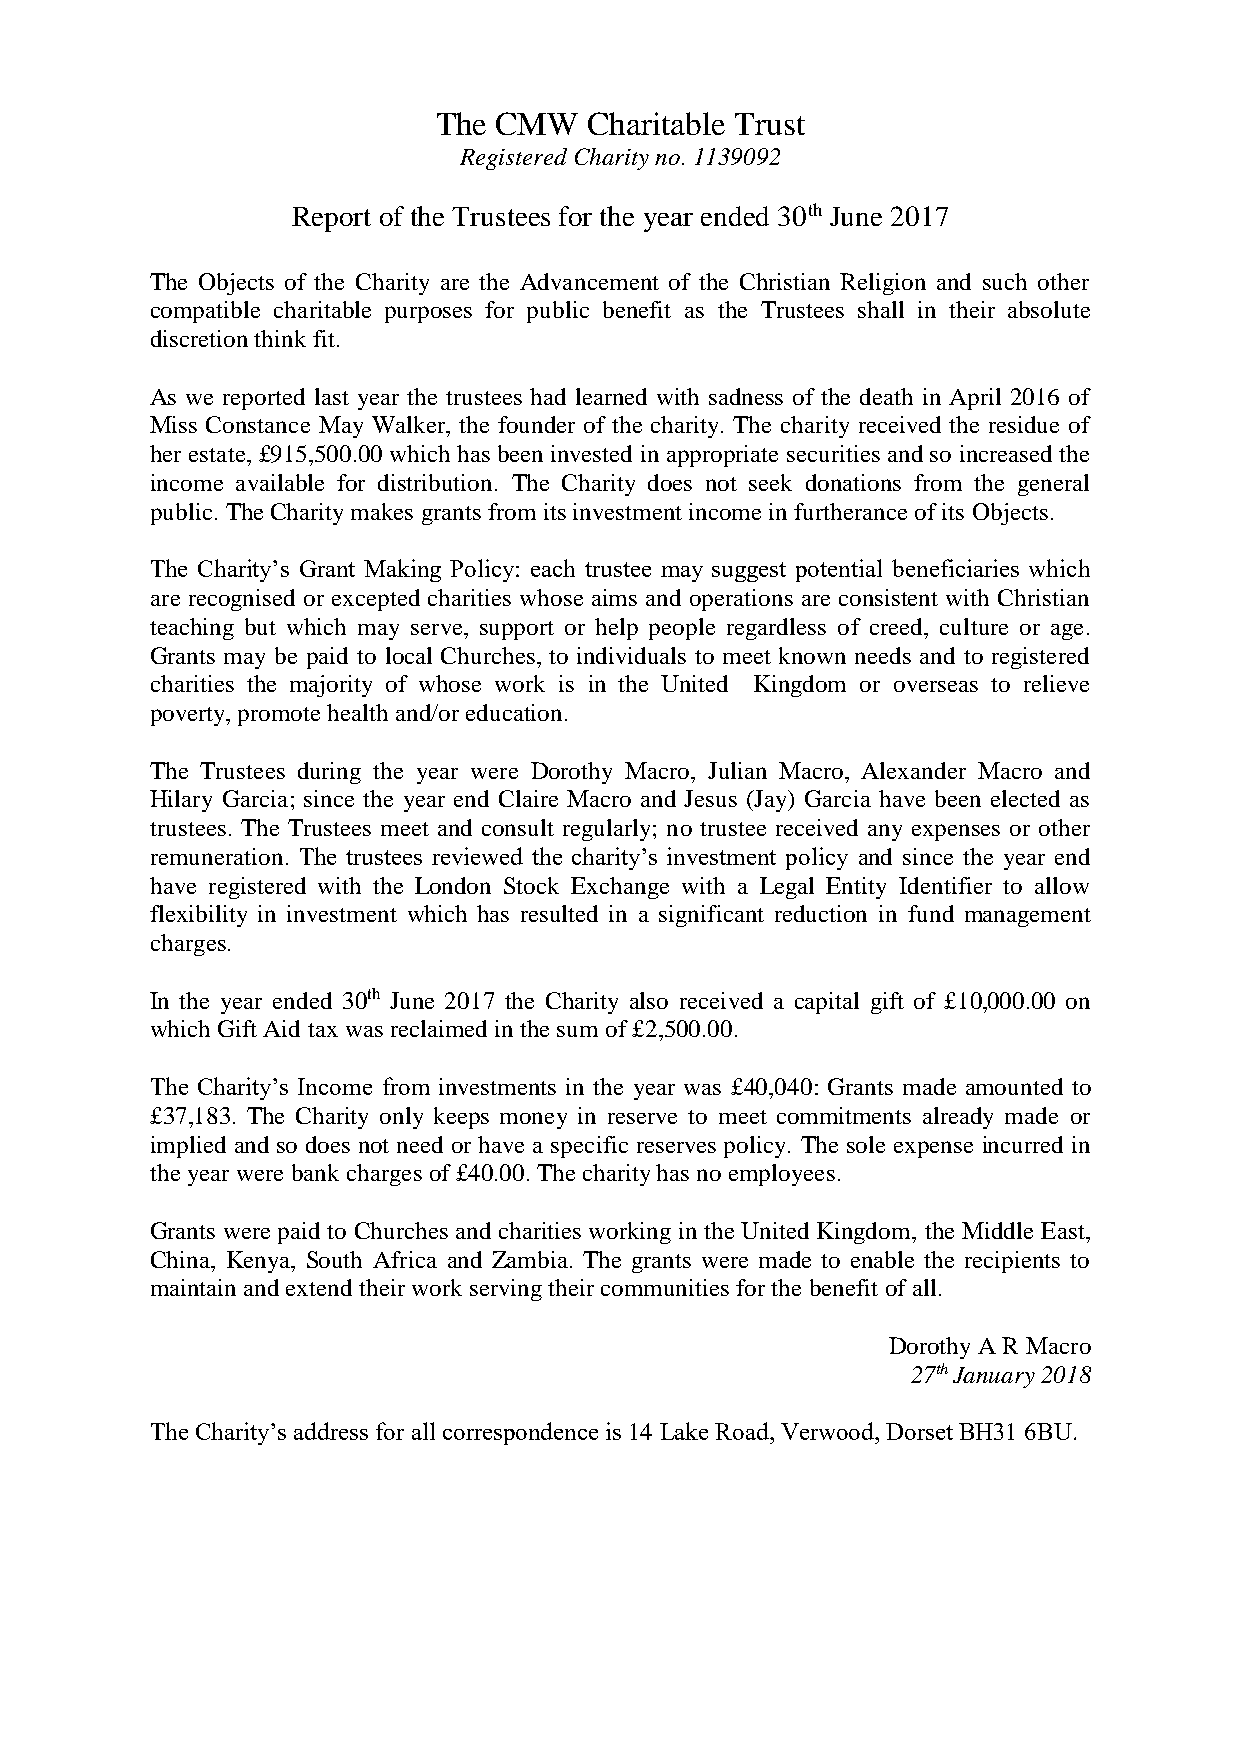
The CMW   Charitable Trust
 Registered Charity no. 1139092
 Report of the Trustees for the year ended 30th June 2017
 The Objects of the Charity are the Advancement of the Christian Religion and such other
 compatible charitable purposes for public benefit as the Trustees shall in their absolute
 discretion think fit.
 As we reported last year the trustees had learned with sadness of the death in April 2016 of
 Miss Constance May Walker, the founder of the charity. The charity received the residue of
 her estate, £915,500.00 which has been invested in appropriate securities and so increased the
 income available for distribution. The Charity does not seek donations from the general
 public. The Charity makes grants from its investment income in furtherance of its Objects.
 The Charity’s Grant Making Policy: each trustee may suggest potential beneficiaries which
 are recognised or excepted charities whose aims and operations are consistent with Christian
 teaching but which may serve, support or help people regardless of creed, culture or age.
 Grants may be paid to local Churches, to individuals to meet known needs and to registered
 charities the majority of whose work is in the United Kingdom or overseas to relieve
 poverty, promote health and/or education.
 The Trustees during the year were Dorothy Macro, Julian Macro, Alexander Macro and
 Hilary Garcia; since the year end Claire Macro and Jesus (Jay) Garcia have been elected as
 trustees. The Trustees meet and consult regularly; no trustee received any expenses or other
 remuneration. The trustees reviewed the charity’s investment policy and since the year end
 have registered with the London Stock Exchange with a Legal Entity Identifier to allow
 flexibility in investment which has resulted in a significant reduction in fund management
 charges.
 In the year ended 30th June 2017 the Charity also received a capital gift of £10,000.00 on
 which Gift Aid tax was reclaimed in the sum of £2,500.00.
 The Charity’s Income from investments in the year was £40,040: Grants made amounted to
 £37,183. The Charity only keeps money in reserve to meet commitments already made or
 implied and so does not need or have a specific reserves policy. The sole expense incurred in
 the year were bank charges of £40.00. The charity has no employees.
 Grants were paid to Churches and charities working in the United Kingdom, the Middle East,
 China, Kenya, South Africa and Zambia. The grants were made to enable the recipients to
 maintain and extend their work serving their communities for the benefit of all.
 Dorothy A R Macro
 27th January 2018
 The Charity’s address for all correspondence is 14 Lake Road, Verwood, Dorset BH31 6BU.